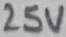
Text: 25V